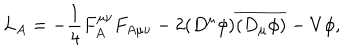
LaTeX: L _ { A } = - \frac 1 4 F _ { A } ^ { \mu \nu } F _ { A \mu \nu } - 2 ( D ^ { \mu } \phi ) \overline { { { ( D _ { \mu } \phi ) } } } - V { \phi } ,